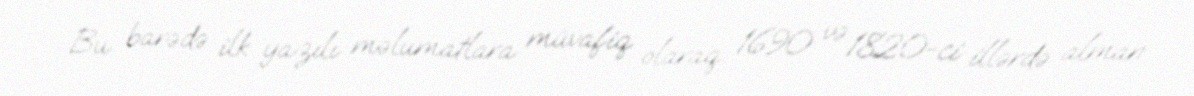
Bu barədə ilk yazılı məlumatlara müvafiq olaraq 1690 və 1820-ci illərdə alman